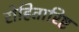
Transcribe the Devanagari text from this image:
रोहितारिष्ट